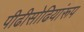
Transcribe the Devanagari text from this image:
पीढीसोढियांरूप